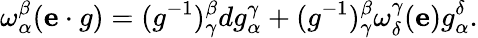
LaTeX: \omega_{\alpha}^{\beta}(\mathbf{e}\cdot g)=(g^{-1})_{\gamma}^{\beta}dg_{\alpha}^{\gamma}+(g^{-1})_{\gamma}^{\beta}\omega_{\delta}^{\gamma}(\mathbf{e})g_{\alpha}^{\delta}.